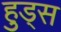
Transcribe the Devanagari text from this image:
हुड्स